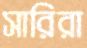
সারিরা